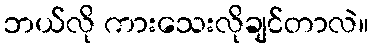
ဘယ်လို ကားသေးလိုချင်တာလဲ။